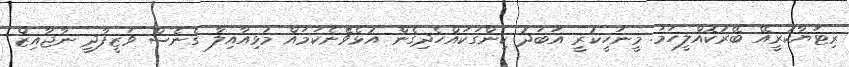
ރިޓަޔާކުރީއޭ ބޭރުކޮއްލީހަމަ. މީނަހީކުރީ އަބަދު ކިންގަކައްހެދިގެން އުޅެވެޭނެކަމައް މުޅިއާއިލާ ގެނެސް ވަޒީފާދީ ނާޖާއިޒް